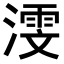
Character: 𬈳